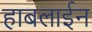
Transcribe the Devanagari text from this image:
हाबलाईन